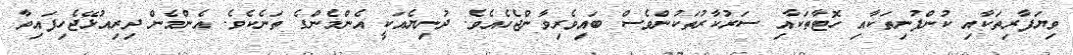
ވިޔަފާރިތަކާއި ކުންފުނިތަކާއި ހޮޓާތަކާއި ސަރުކާރުތަކުންވެސް ބައިވެރިވާންޖެހެއެވެ. ދުނިޔެއަކީ އެންމެންގެ ތަނެކެވެ. އެންމެން ދިރިއުޅޭޖެހިފައިވާ